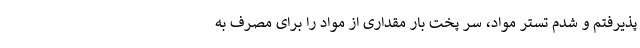
پذیرفتم و شدم تستر مواد، سر پخت بار مقداری از مواد را برای مصرف به